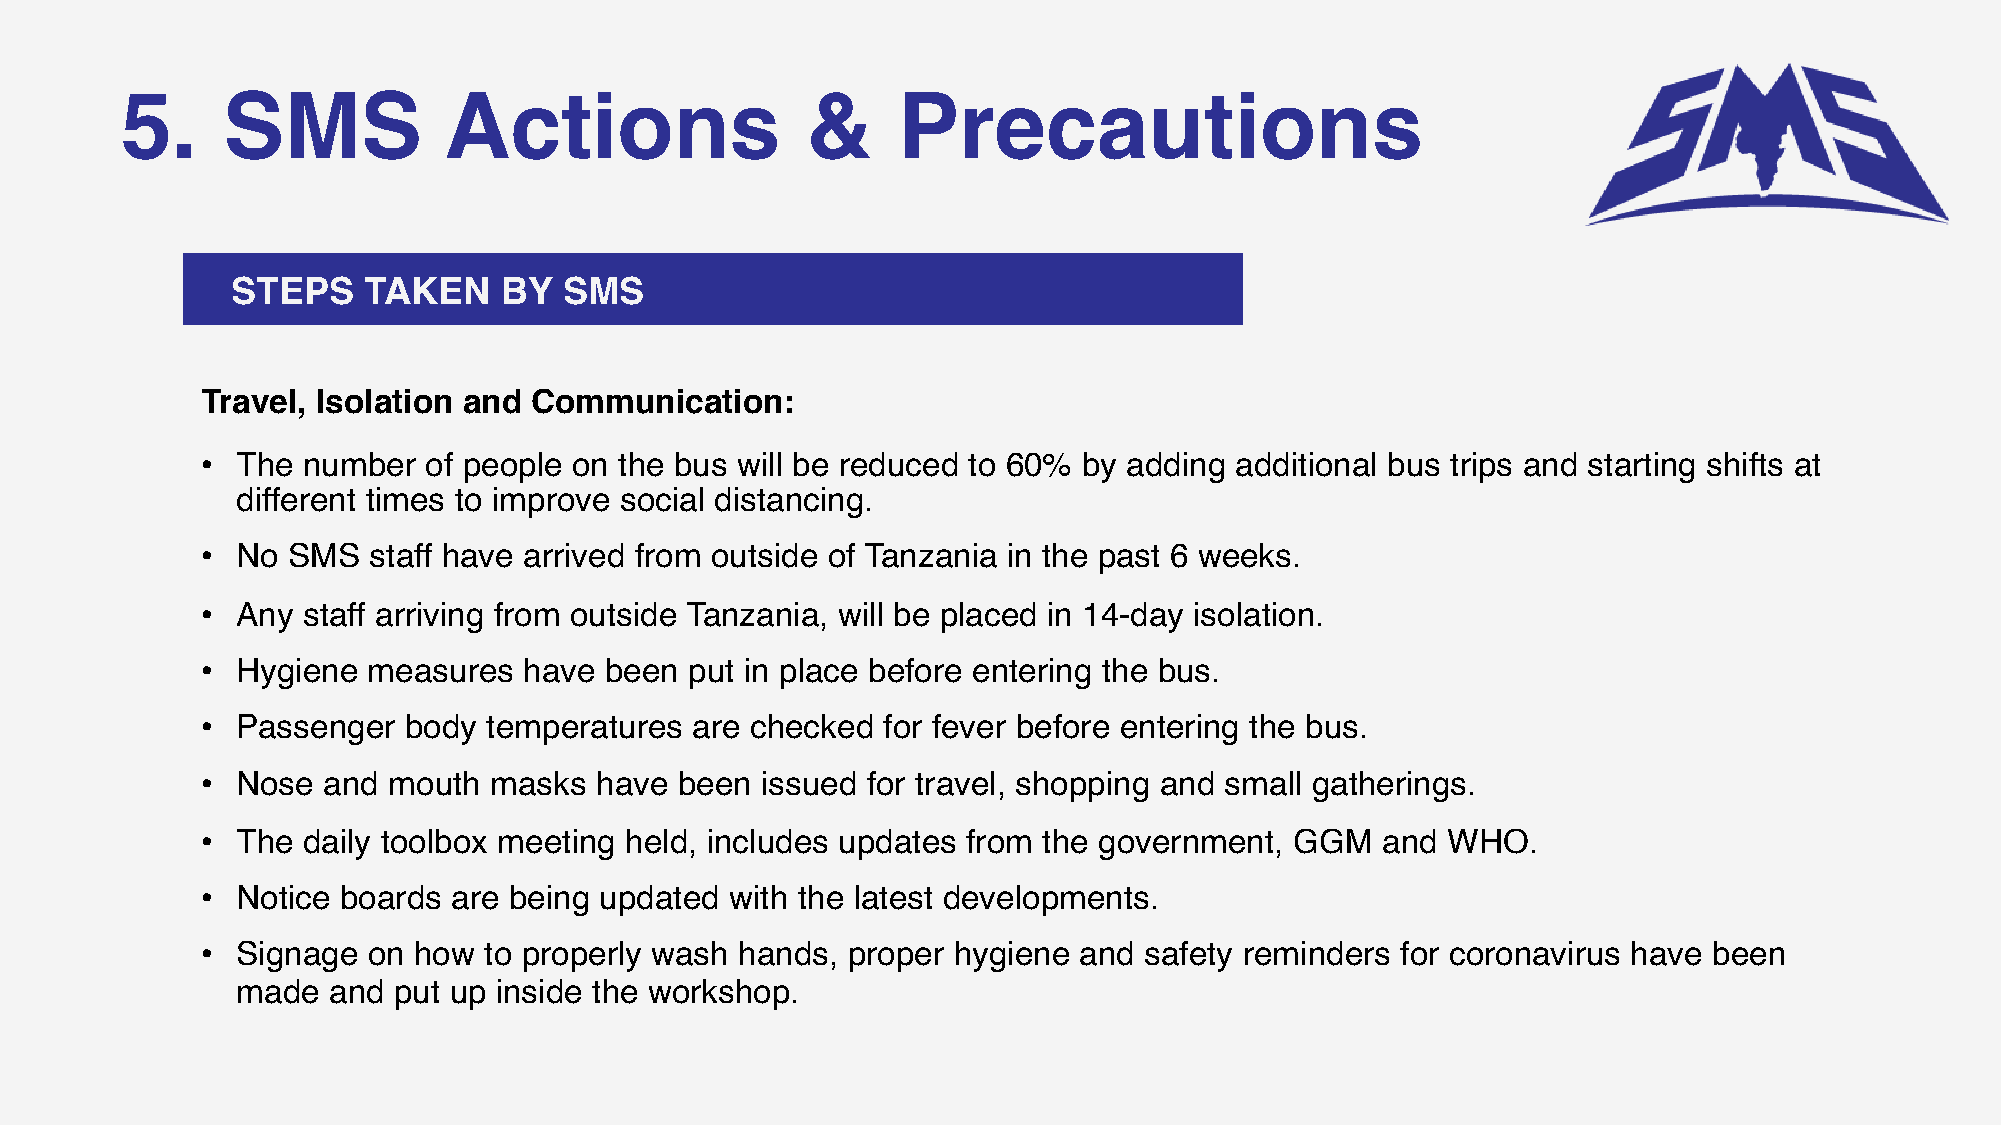
5.     SMS           Actions                 &     Precautions
 STEPS    TAKEN    BY  SMS
 Travel, Isolation and Communication:
 •  The number  of people on the bus will be reduced to 60% by adding additional bus trips and starting shifts at
 different times to improve social distancing.
 •  No SMS  staff have arrived from outside of Tanzania in the past 6 weeks.
 •  Any staff arriving from outside Tanzania, will be placed in 14-day isolation.
 •  Hygiene measures   have been  put in place before entering the bus.
 •  Passenger  body temperatures  are checked for fever before entering the bus.
 •  Nose and  mouth masks  have  been issued for travel, shopping and small gatherings.
 •  The daily toolbox meeting held, includes updates from the government, GGM  and  WHO.
 •  Notice boards are being updated with the latest developments.
 •  Signage on how  to properly wash hands, proper hygiene and  safety reminders for coronavirus have been
 made  and put up inside the workshop.